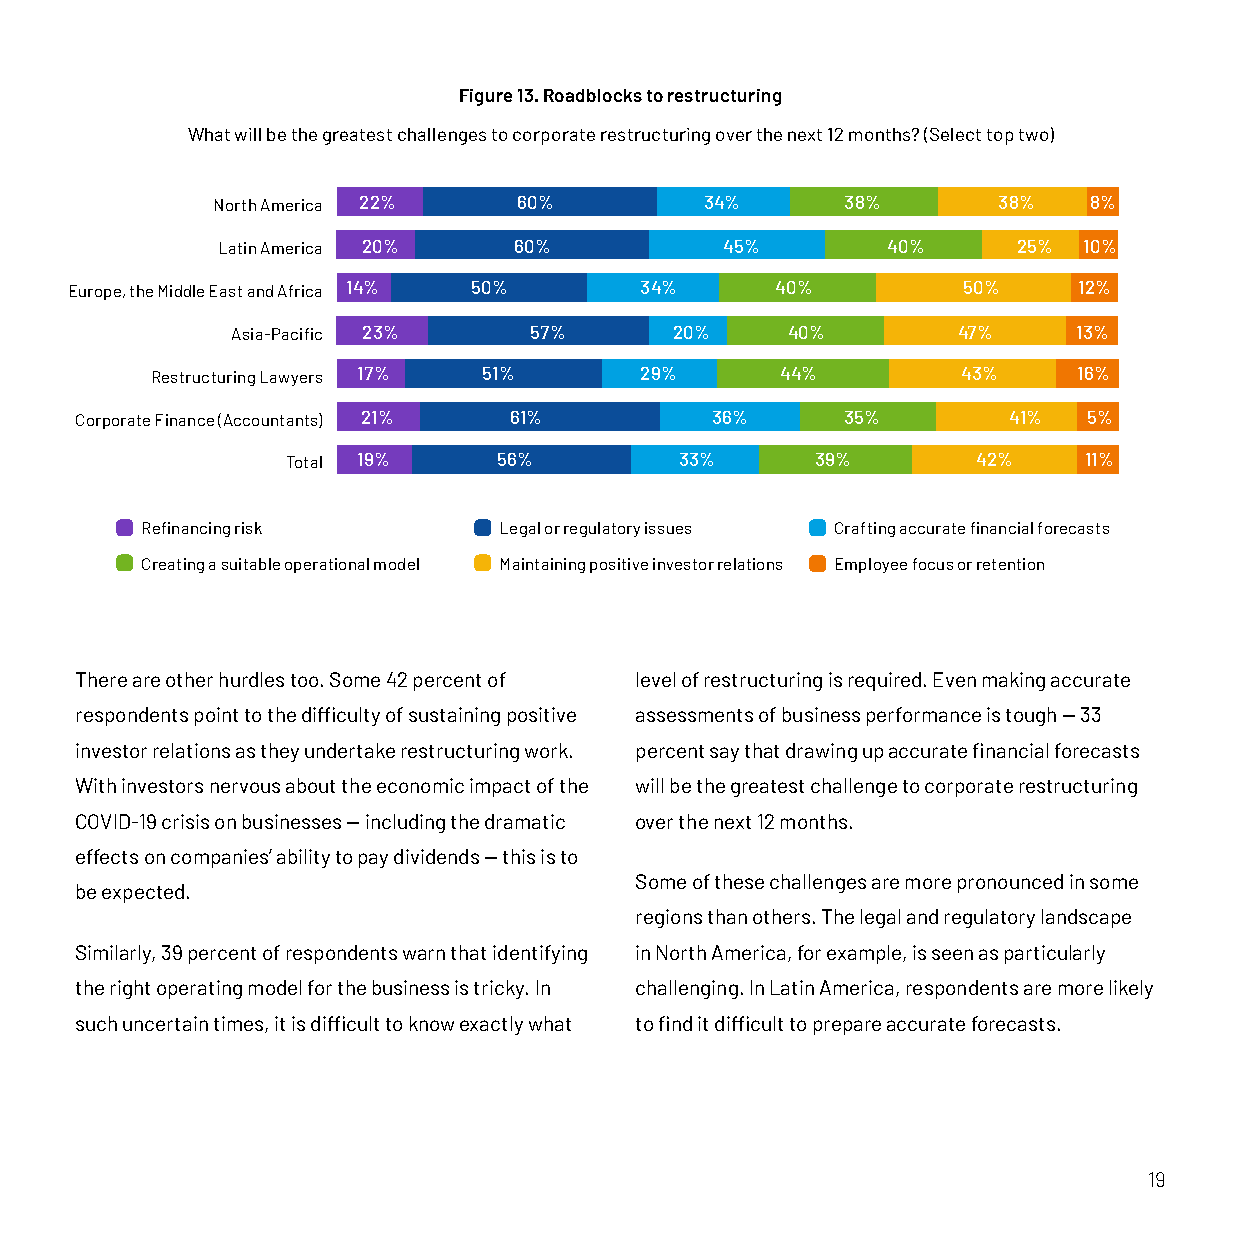
Figure 13. Roadblocks to restructuring
 What will be the greatest challenges to corporate restructuring over the next 12 months? (Select top two)
 North America 22%   60%          34%      38%       38%   8%
 Latin America 20%   60%           45%        40%     25%  10%
 Europe, the Middle East and Africa 14% 50% 34% 40%          50%    12%
 Asia-Pacific 23%    57%       20%    40%        47%     13%
 Restructuring Lawyers 17% 51%   29%       44%         43%    16%
 Corporate Finance (Accountants) 21% 61%   36%      35%        41%  5%
 Total 19%     56%         33%      39%        42%    11%
 Refinancing risk        Legal or regulatory issues Crafting accurate financial forecasts
 Creating a suitable operational model Maintaining positive investor relations Employee focus or retention
 There are other hurdles too. Some 42 percent of level of restructuring is required. Even making accurate
 respondents point to the difficulty of sustaining positive assessments of business performance is tough — 33
 investor relations as they undertake restructuring work. percent say that drawing up accurate financial forecasts
 With investors nervous about the economic impact of the will be the greatest challenge to corporate restructuring
 COVID-19 crisis on businesses — including the dramatic over the next 12 months.
 effects on companies’ ability to pay dividends — this is to
 Some of these challenges are more pronounced in some
 be expected.
 regions than others. The legal and regulatory landscape
 Similarly, 39 percent of respondents warn that identifying in North America, for example, is seen as particularly
 the right operating model for the business is tricky. In challenging. In Latin America, respondents are more likely
 such uncertain times, it is difficult to know exactly what to find it difficult to prepare accurate forecasts.
 19